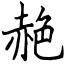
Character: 赩